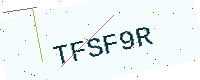
Text: TFSF9R